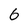
Character: 6